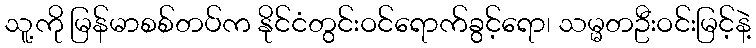
သူ့ကို မြန်မာစစ်တပ်က နိုင်ငံတွင်းဝင်ရောက်ခွင့်ရော၊ သမ္မတဦးဝင်းမြင့်နဲ့